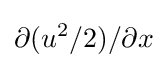
\partial (u^{2}/2)/\partial x